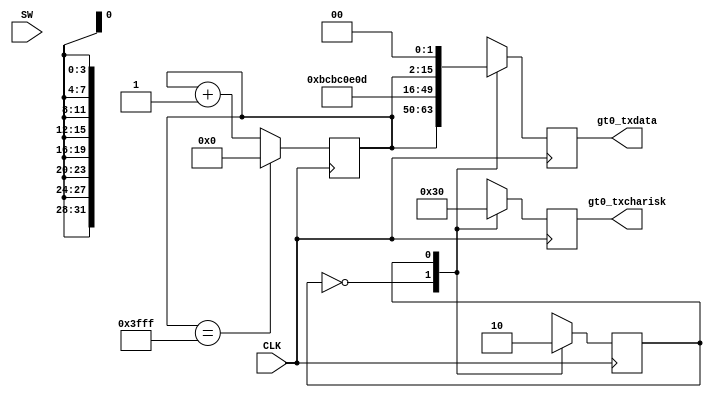
`timescale 1ns / 1ps
//////////////////////////////////////////////////////////////////////////////////
// Company: 
// Engineer: 
// 
// Design Name: 
// Module Name: data_gen
// Project Name: 
// Target Devices: 
// Tool Versions: 
// Description: 
// 
// Dependencies: 
// 
// Revision:
// Revision 0.01 - File Created
// Additional Comments:
// 
//////////////////////////////////////////////////////////////////////////////////


module data_gen(
    input wire CLK,
    input wire SW,
    //output reg gt0_rxuserrdy,
    output reg [3:0] gt0_txcharisk,
    output reg [31:0] gt0_txdata
);
reg ready = 1;
reg sw_i;
parameter [7:0] comma = 8'hbc;      //10111100
reg [13:0] cnt = 14'b0;
parameter DATAH = 1'b0;
parameter DATAF = 1'b1; 
reg TX_STATE = DATAH;


always @(posedge CLK) begin
    if (cnt == 14'b11_1111_1111_1111)begin
        cnt <= 14'b0;
    end
    else begin
        cnt <= cnt + 14'b1;
    end

    case(TX_STATE)
    DATAH : begin
        gt0_txdata <= {cnt[13:6], cnt[5:0], 2'b00, comma, comma};
        gt0_txcharisk <= 4'b0011;
        TX_STATE <= DATAF;
    end
    DATAF : begin
        gt0_txdata <= {8'h0e, 8'h0d, cnt[13:6], cnt[5:0], 2'b00};
        gt0_txcharisk <= 4'b0000;
        TX_STATE <= DATAH;
    end
    endcase
end
endmodule